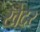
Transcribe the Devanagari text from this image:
खेदर